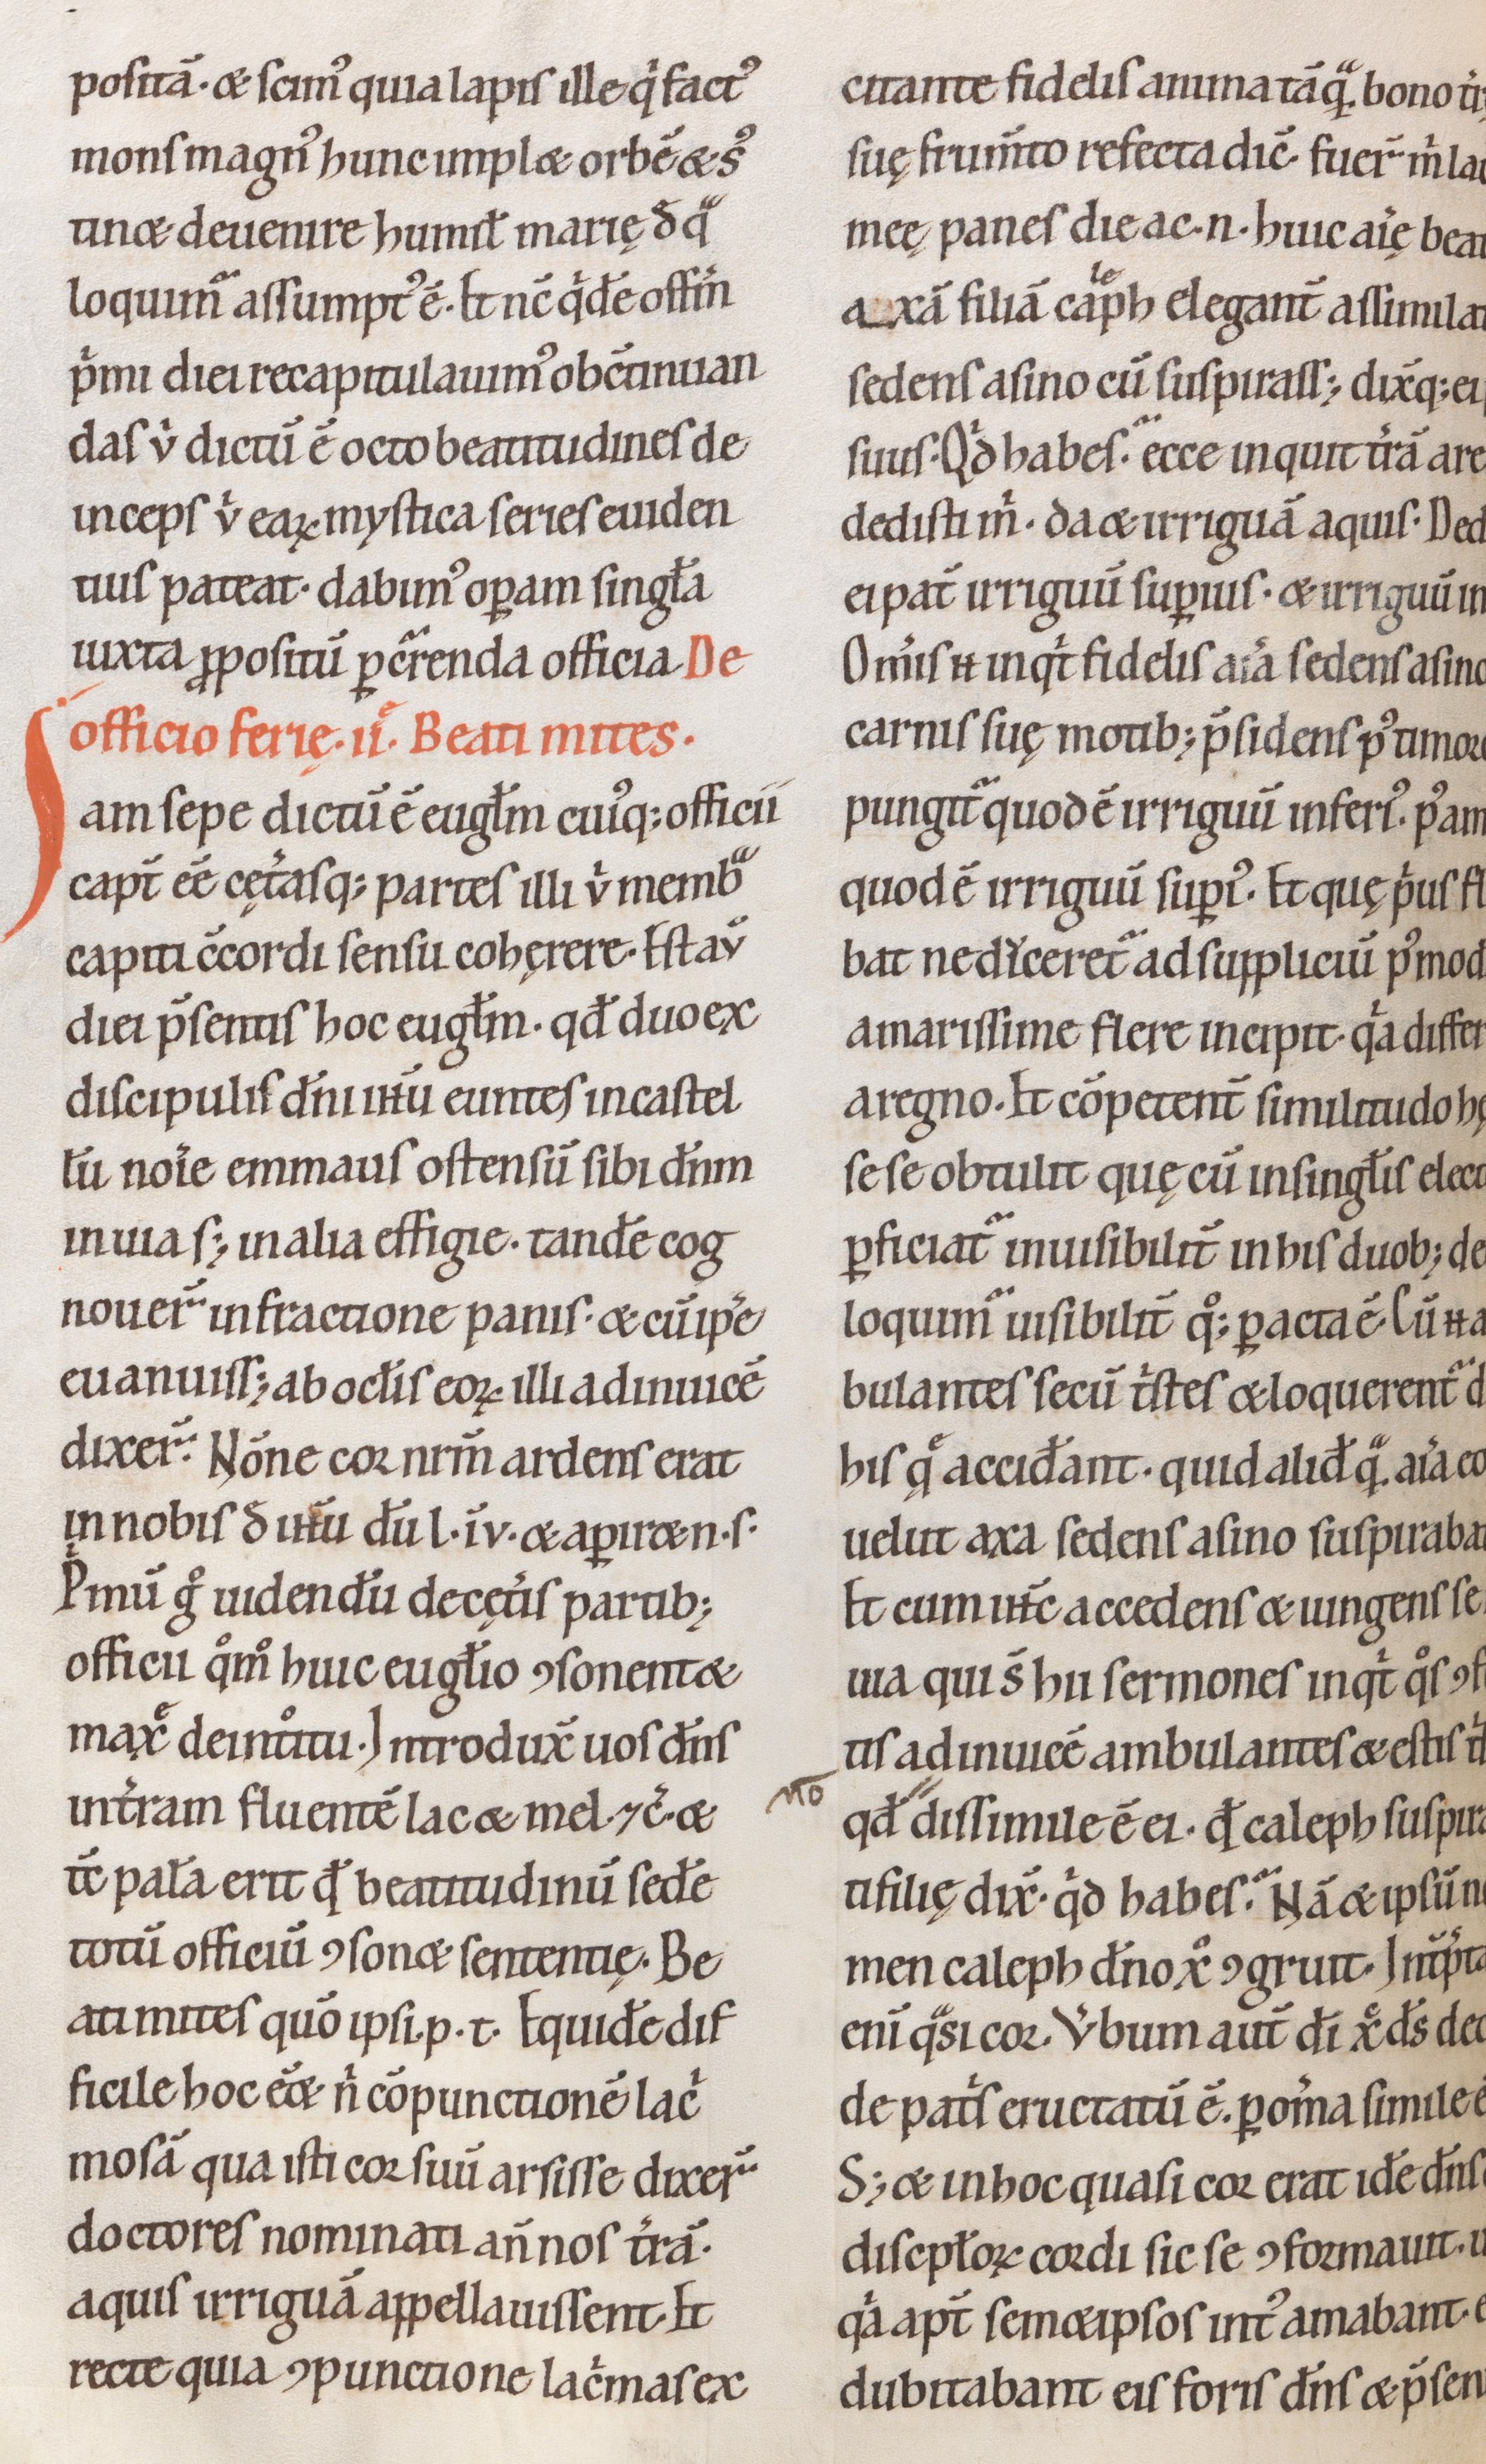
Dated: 1100–1199